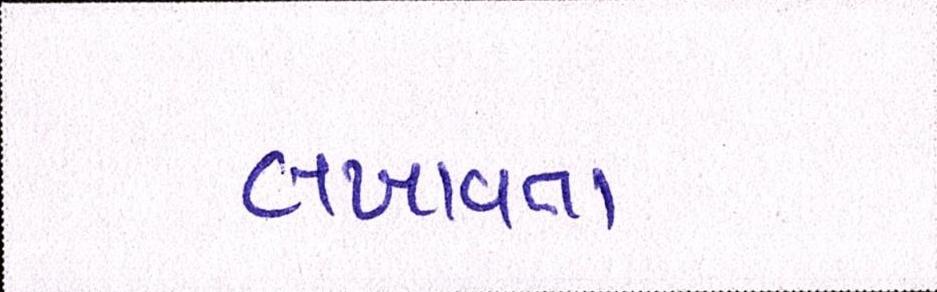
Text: લખાવતા